65_HS1-834228961_62-HQ-83894_Section_3
Agency: FBI
Page 149
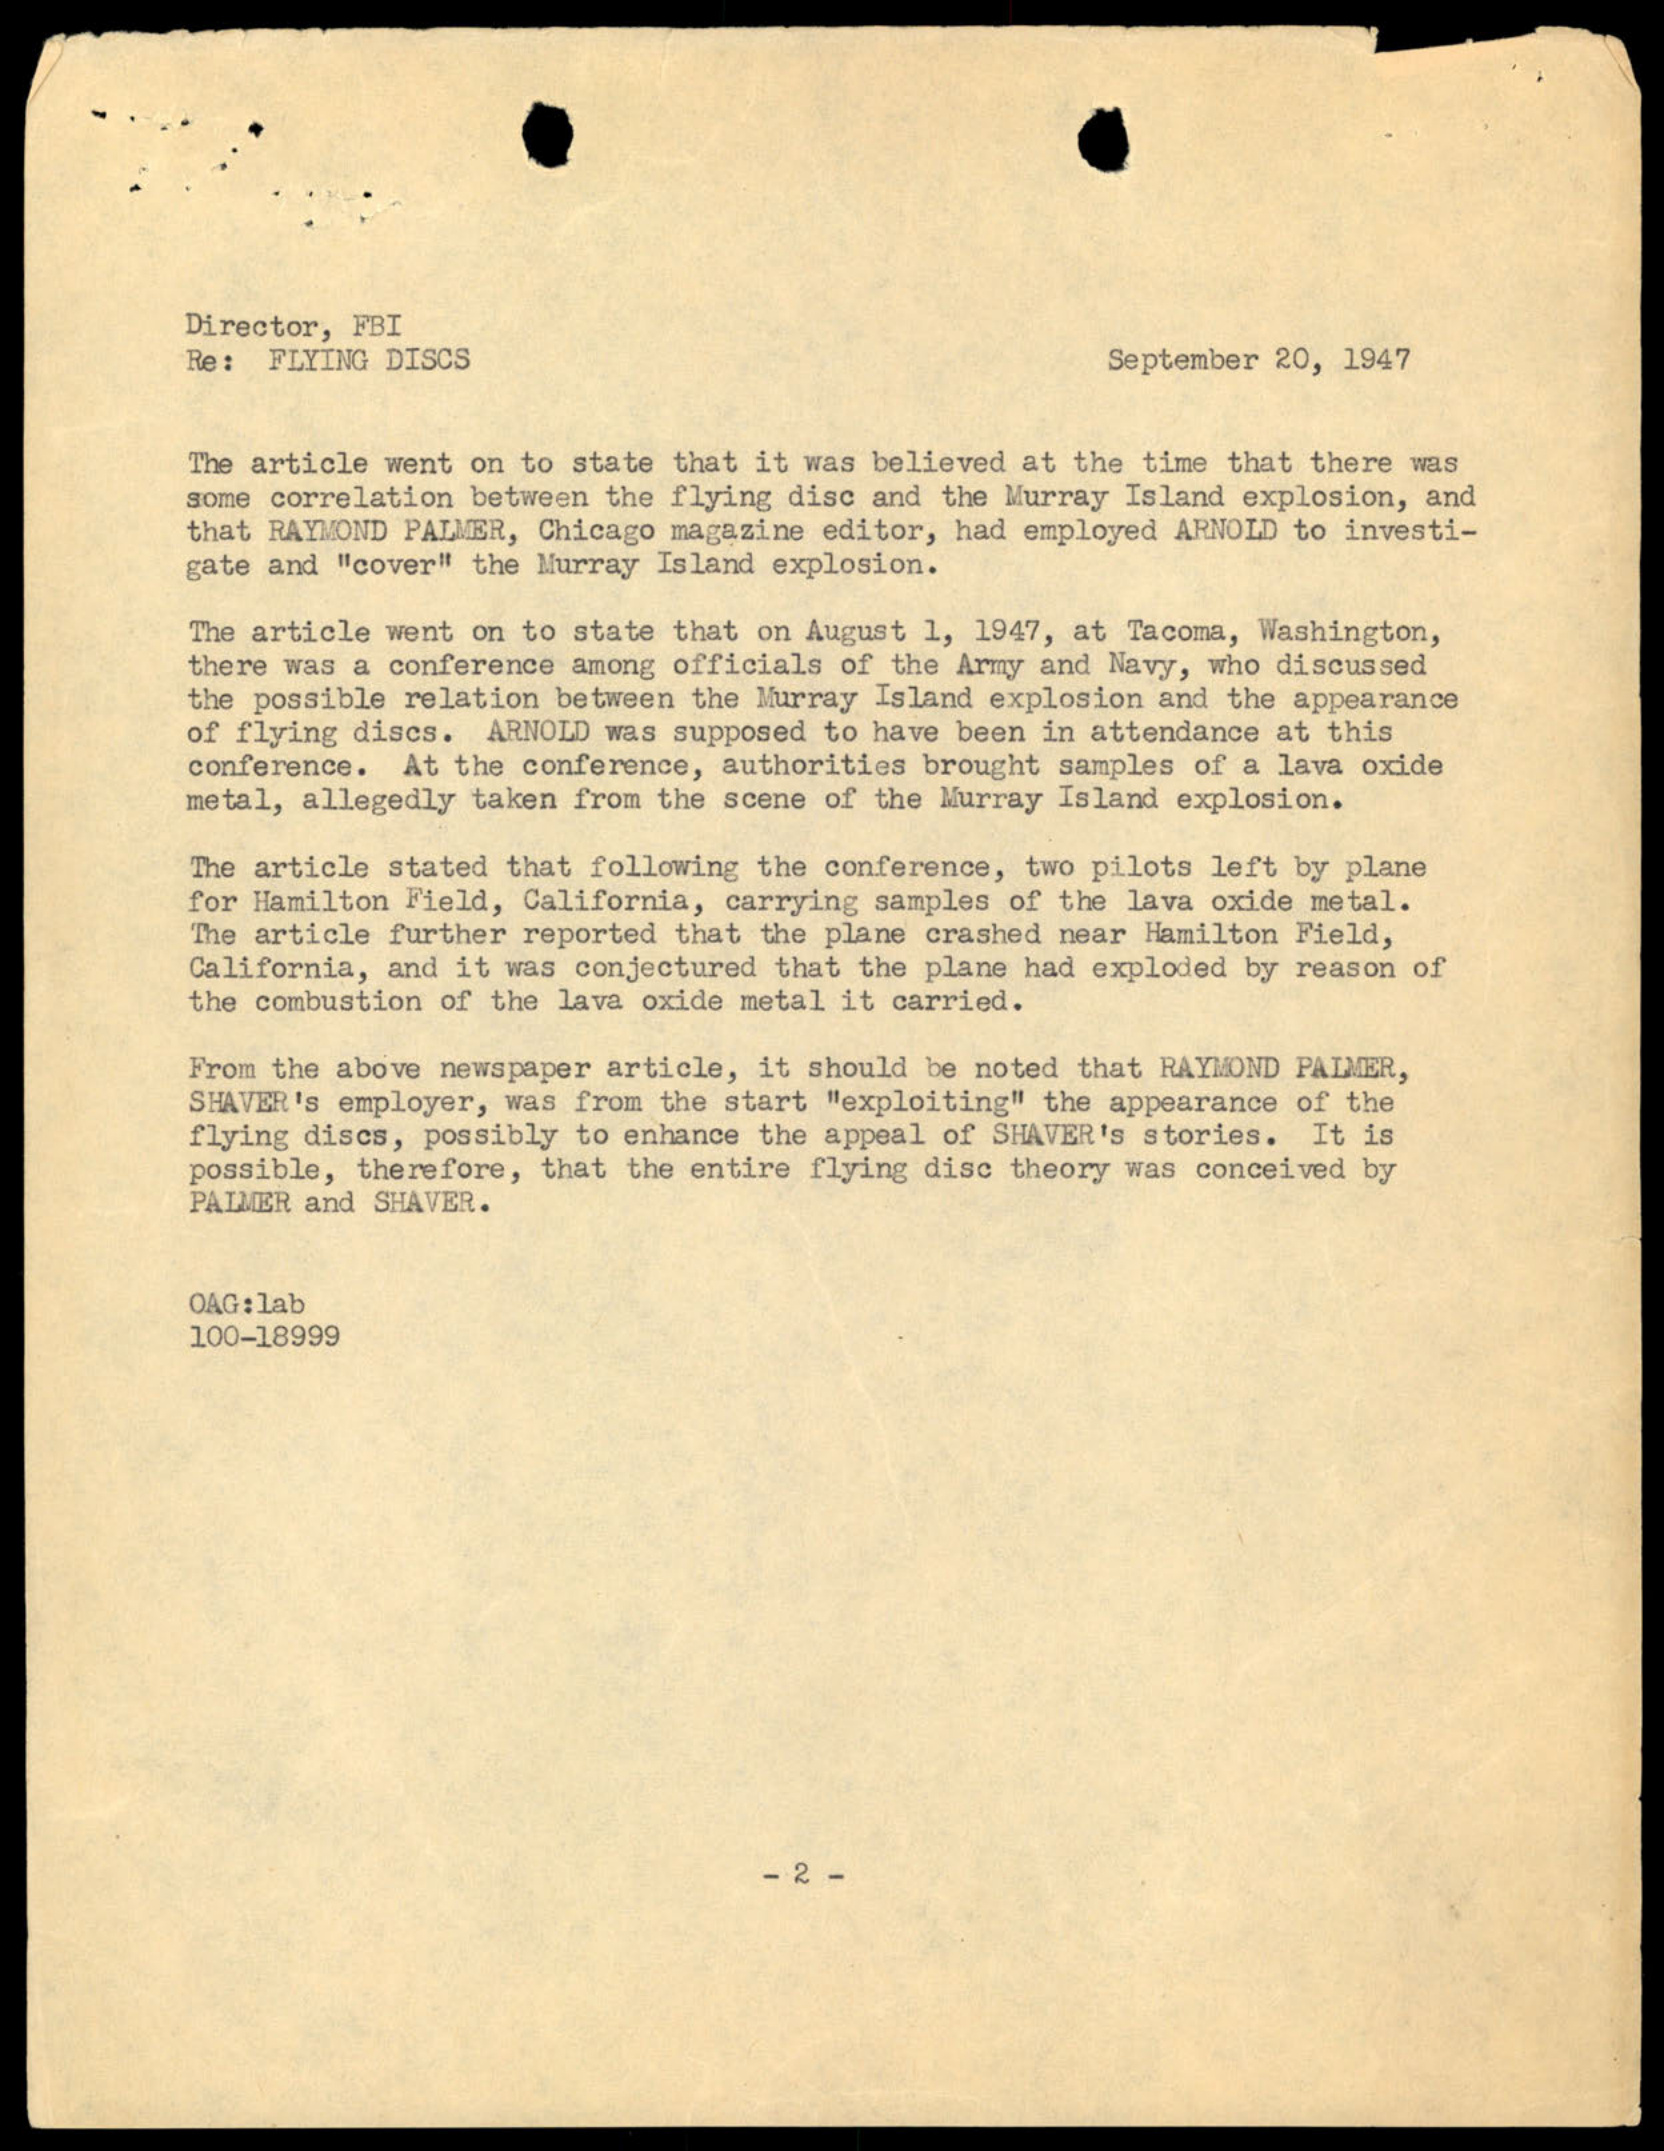